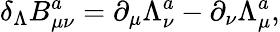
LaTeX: \delta_{\Lambda}B_{\mu\nu}^{a}=\partial_{\mu}\Lambda_{\nu}^{a}-\partial_{\nu}\Lambda_{\mu}^{a},